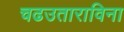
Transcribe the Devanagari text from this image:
चढउताराविना